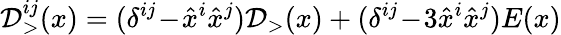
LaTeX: {\cal D}_{>}^{ij}(x)=(\delta^{ij}\! -\! \hat{x}^{i}\hat{x}^{j}){\cal D}_{>}(x)+(\delta^{ij}\! -\! 3\hat{x}^{i}\hat{x}^{j})E(x)